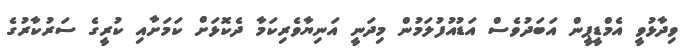
ވިދާޅުވީ އެމްޑީޕީން އަބަދުވެސް އަޑުއުފުލަމުން މިދަނީ އަނިޔާވެރިކަމާ ދެކޮޅަށް ކަމަށާއި ކުރީގެ ސަރުކާރުގެ